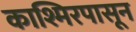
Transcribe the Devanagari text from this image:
काश्मिरपासून